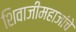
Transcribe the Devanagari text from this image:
शिवाजीमहाजांचे